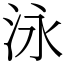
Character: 泳